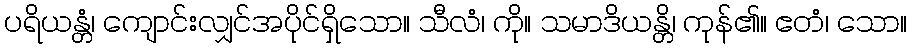
ပရိယန္တံ၊ ကျောင်းလျှင်အပိုင်ရှိသော။ သီလံ၊ ကို။ သမာဒိယန္တိ၊ ကုန်၏။ ဧတံ၊ သော။